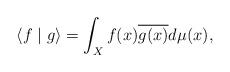
LaTeX: \begin{align*}\langle f \mid g\rangle =\int_X f(x)\overline{g(x)} d\mu(x),\end{align*}